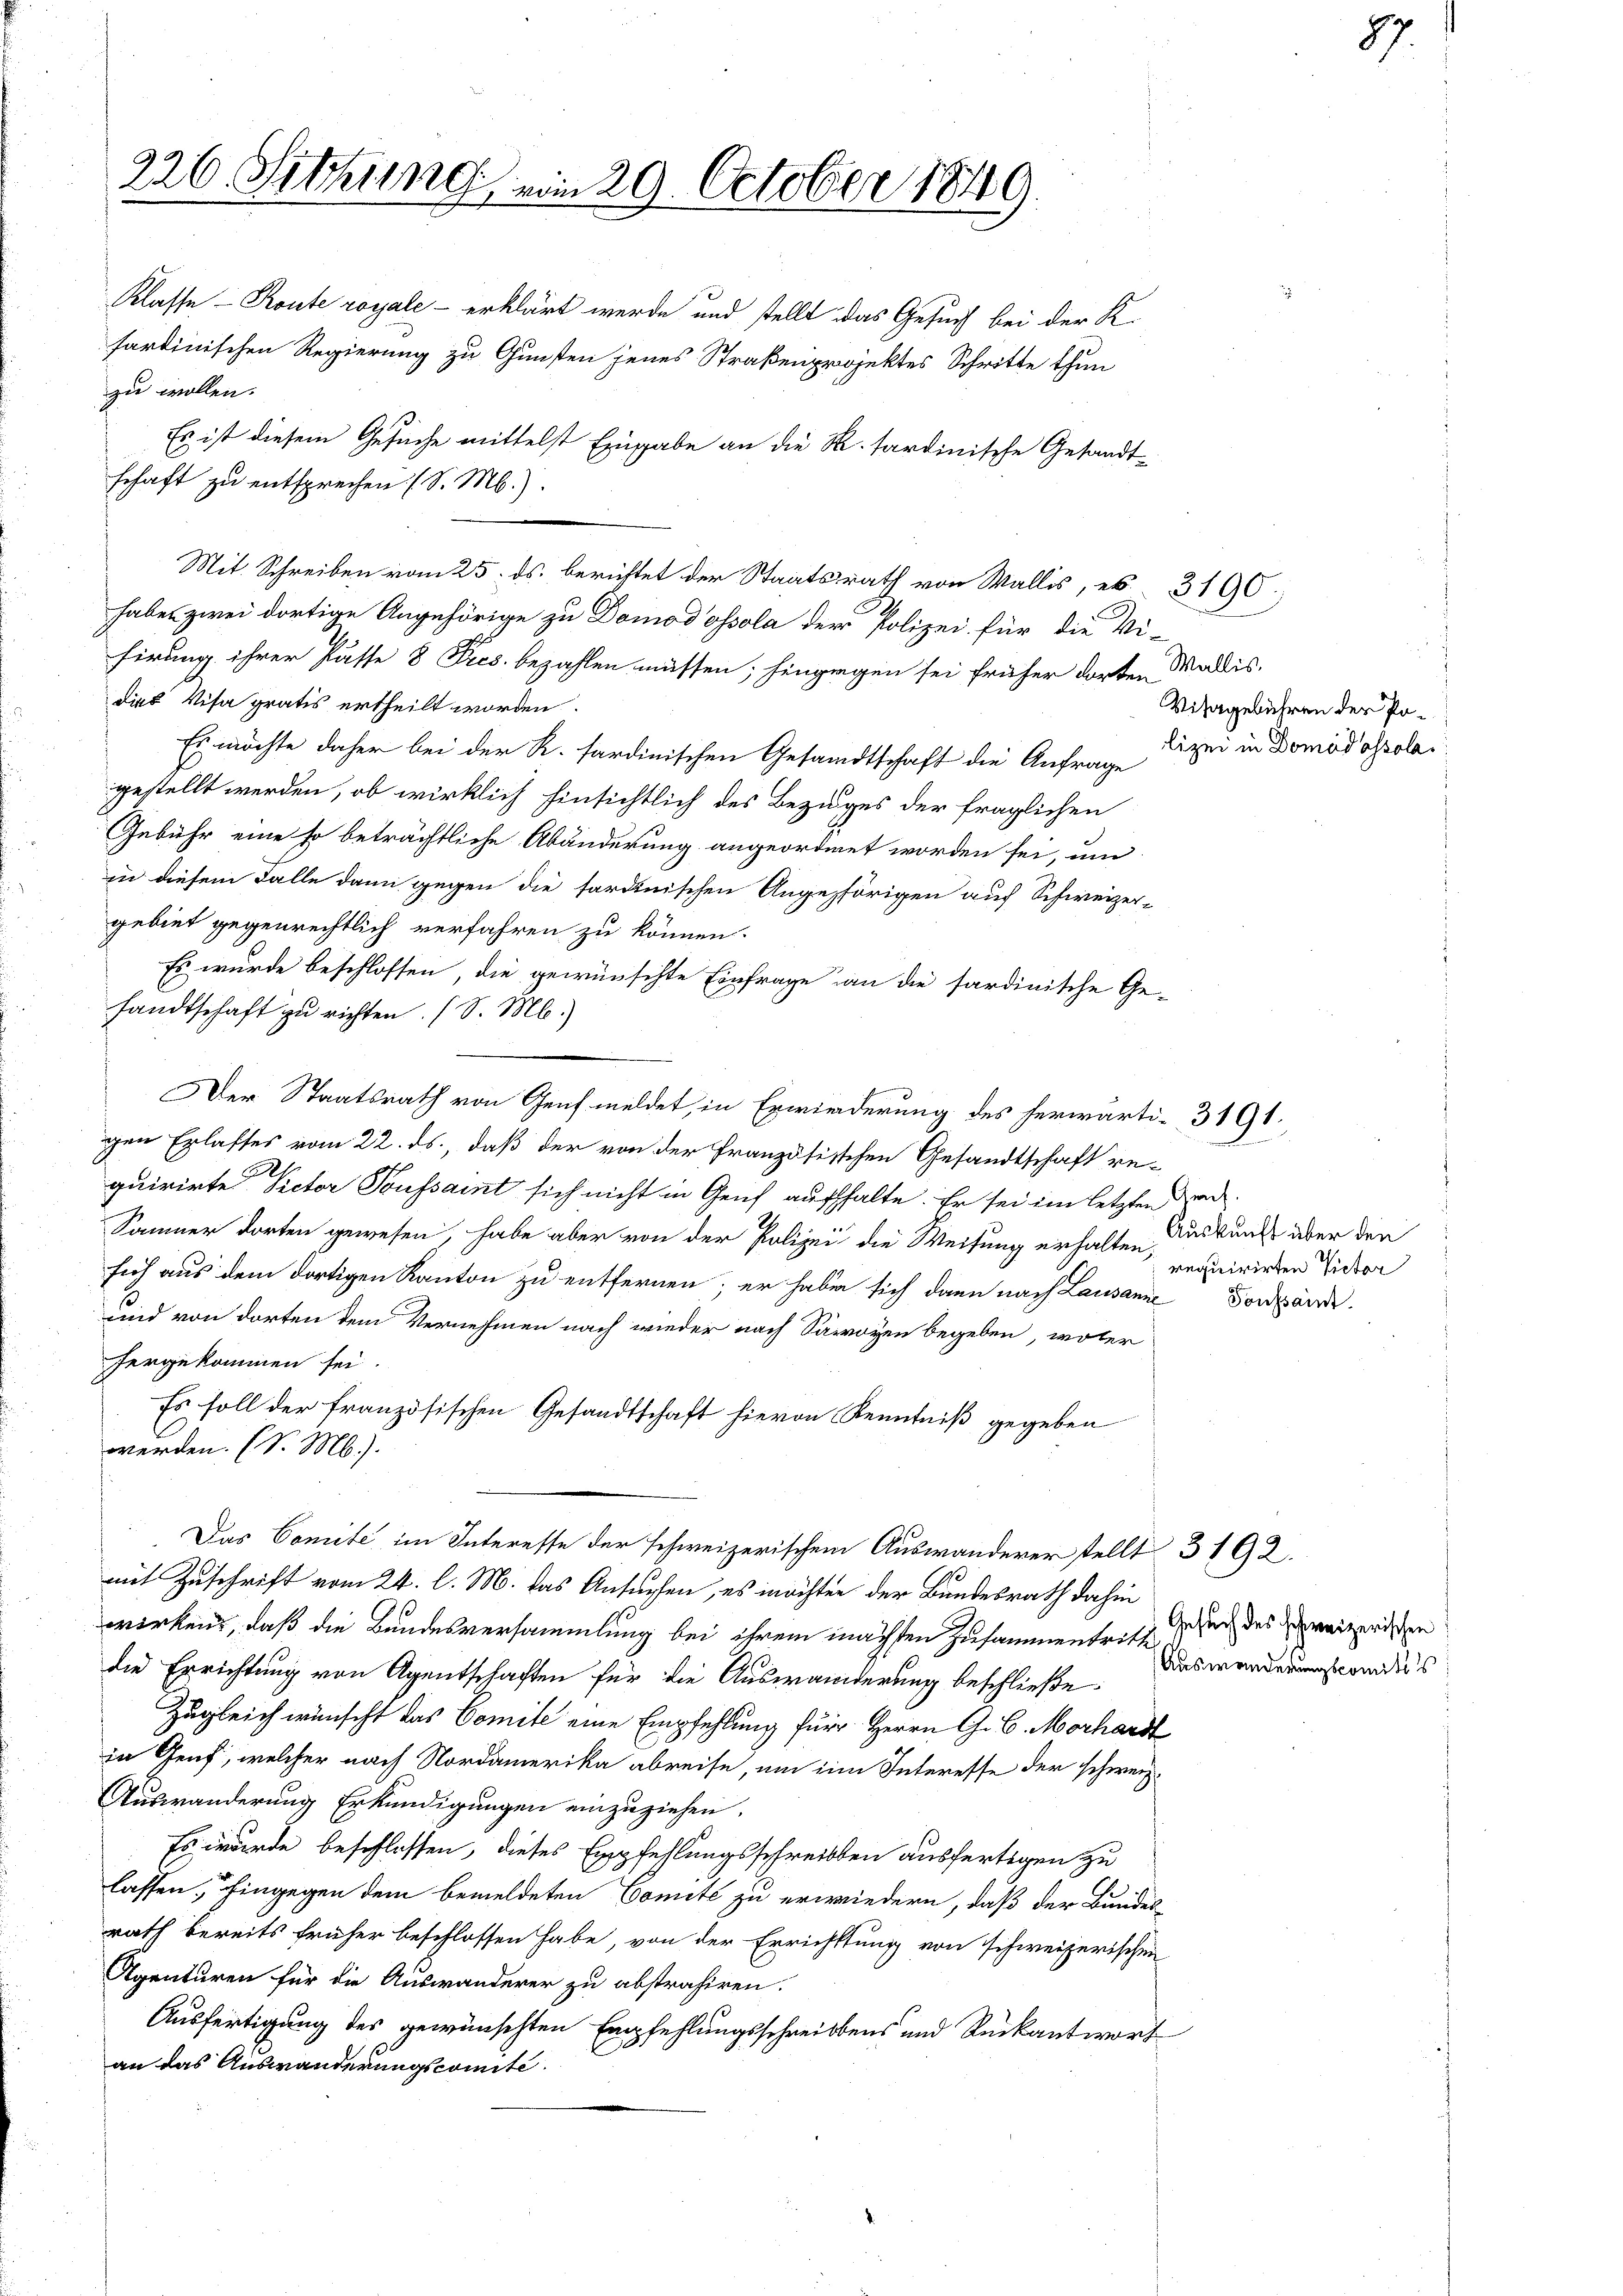
zu wollen.
schaft zu entsprechen (S. M.).
Mit Schreiben vom 25. ds. berichtet der Staatsrath von Wallis, es 3190
haben zwei dortige Angehörige zu Domodossola der Polizei für die Vi-
firung ihrer Pässe 8 Fres. bezahlen müssen; hingegen sei früher dorten
dies Visa gratis ertheilt worden.
Es möchte daher bei der K. sardinischen Gesandtschaft die Anfrage
gestellt werden, ob wirklich hinsichtlich des Bezuges der fraglichen
Gebühr eine so beträchtliche Abänderung angeordnet worden sei, um
in diesem Falle dann gegen die sardinischen Angehörigen auf Schweizer-
gebiet gegenrechtlich verfahren zu können.
Es wurde beschlossen, die gewünschte Einfrage an die sardinische Ge-
fandtschaft zu richten. (S. M.)
Der Staatsrath von Genf meldet, in Erwiederung des herwärti- 3191.
gen Erlasses vom 22. ds., daß der von der französischen Gesandtschaft re-
quirirte Rector Soussaint sich nicht in Genf aufhalte. Er sei im letzten Grad
Sommer dorten gewesen, habe aber von der Polizei die Weisung erhalten, Auskunft über den
sich aus dem dortigen Kanton zu entfernen; er habe sich dann nach Lausanne Fordände
und von dorten dem Vernehmen nach wieder nach Savoyen begeben, woler
hergekommen sei.
Es soll der französischen Gesandtschaft hievon Kenntniß gegeben
werden. (S. M.).
Das Comite im Interesse der schweizerischem Auswanderer stellt 3192.
mit Zuschrift vom 24. l. M. das Ansuchen, es möchten der Bundesrath dahin
wirken, daß die Bundesversammlung bei ihrem nächsten Zusammentritte
die Errichtung von Agentschaften für die Auswanderung beschließe.
Zugleich wünscht das Comite eine Empfehlung für Herrn G. B. Morhard
in Genf, welcher nach Nordamerika abreise, um im Interesse der schweiz.
Auswanderung Erkundigungen einzuziehen.
Es wurde beschlossen, dieses Empfehlungsschreiben ausfertigen zu
lassen, hingegen dem bemeldeten Comité zu erwiedern, daß der Bundes
rath bereits früher beschlossen habe, von der Errichttung von schweizerischen
Agenturen für die Auswanderer zu abstrahiren.
Ausfertigung des gewünschten Empfehlungsschreibens und Rückantwort
an das Auswanderungscomite.

226. Setzung vom 29. October 1849.

Klasse - Route royale - erklärt werde und stellt das Gesuch bei der K.
hartinischen Regierung zu Gunsten jenes Straßenprojektes Schritte thun
Es ist diesem Gesuche mittelst Eingabe an die R. tardinische Gesandt¬

Wallis.
Visagebühren der Polizei in Domadossola

requirirten Victor

87.

Gesuch des schweizerischen
Auswanderungscomités